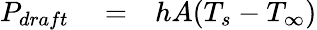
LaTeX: \begin{array}{rlr}{P_{draft}}&{{}=}&{hA(T_{s}-T_{\infty})}\end{array}